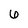
Character: 6